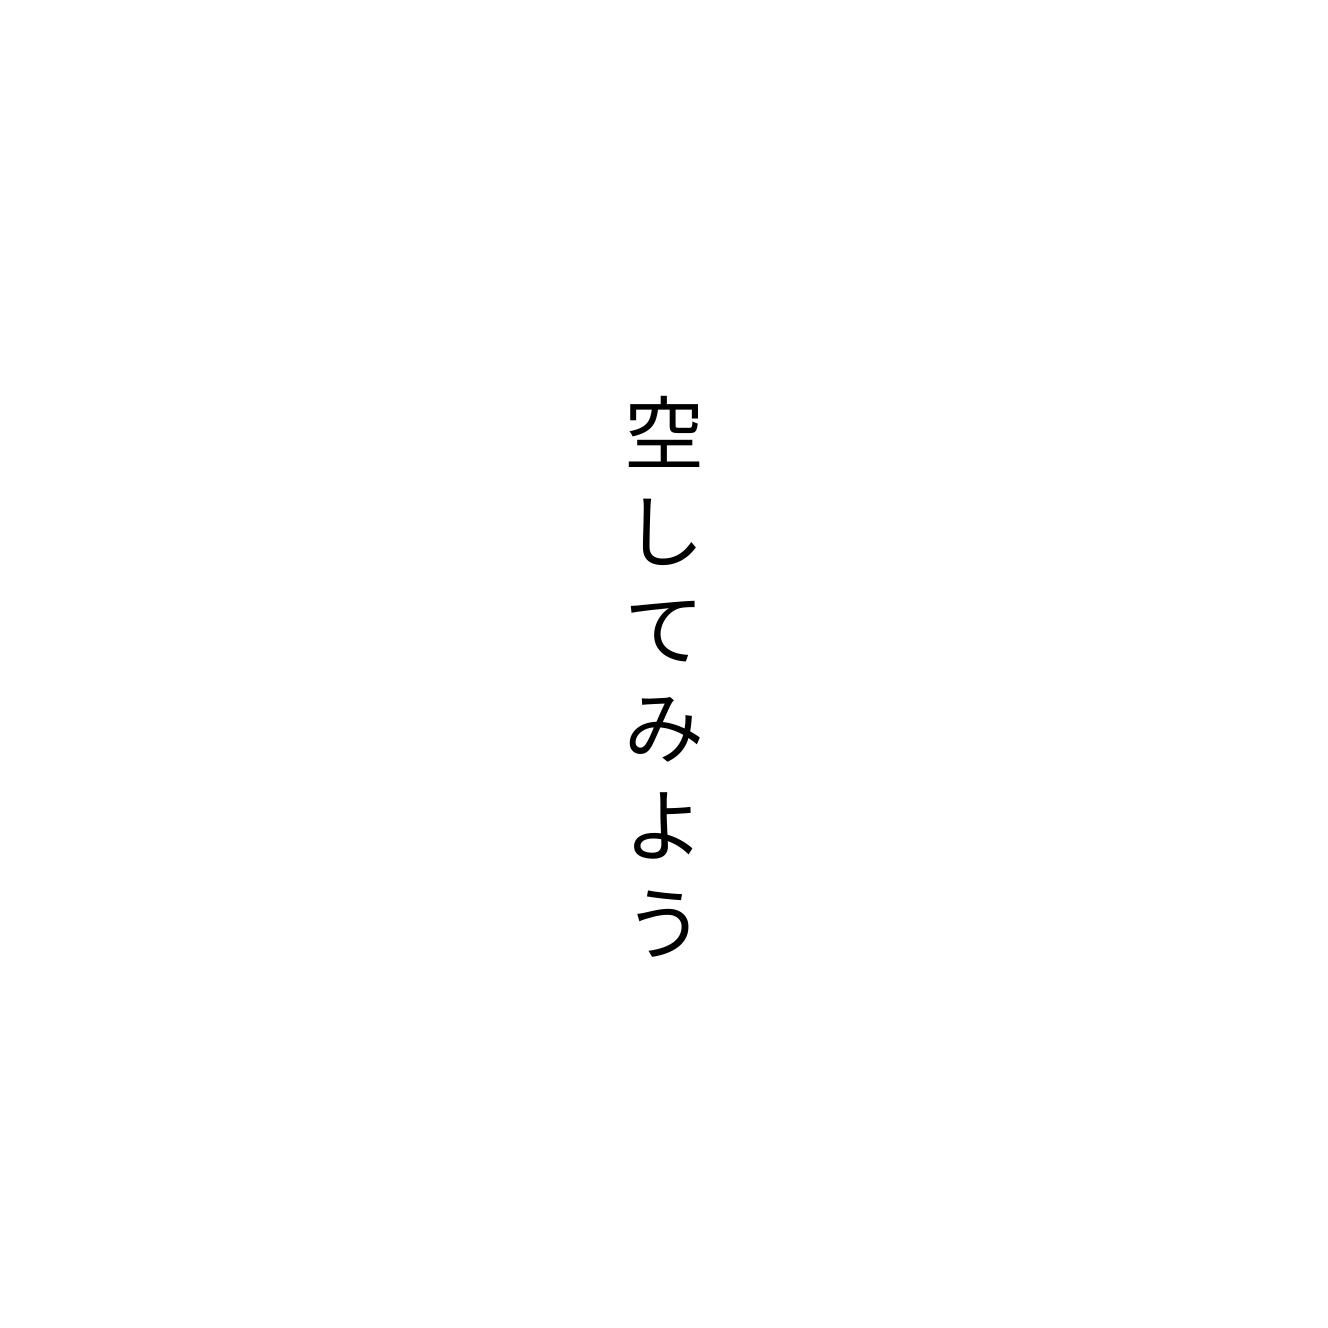
空してみよう